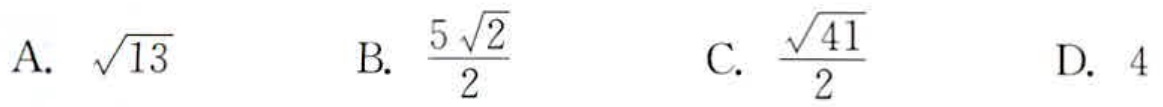
A. $\sqrt{13}$
B. $\frac{5\sqrt{2}}{2}$
C. $\frac{\sqrt{41}}{2}$
D. $4$